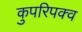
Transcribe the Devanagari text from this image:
कुपरिपक्व